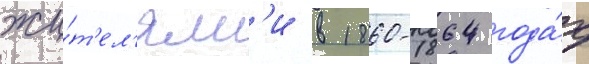
жи́т'ел'ям'и в 1860-1864 года́х